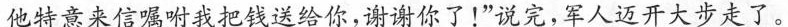
他特意来信嘱咐我把钱送给你，谢谢你了！”说完，军人迈开大步走了。